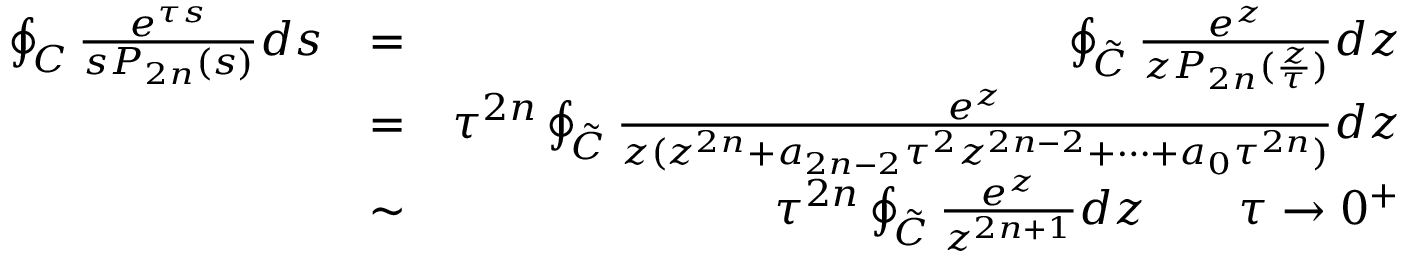
\begin{array} { r l r } { \oint _ { \cal C } \frac { e ^ { \tau s } } { s P _ { 2 n } ( s ) } d s } & { = } & { \oint _ { \cal \tilde { C } } \frac { e ^ { z } } { z P _ { 2 n } ( \frac { z } { \tau } ) } d z } \\ & { = } & { \tau ^ { 2 n } \oint _ { \cal \tilde { C } } \frac { e ^ { z } } { z ( z ^ { 2 n } + a _ { 2 n - 2 } \tau ^ { 2 } z ^ { 2 n - 2 } + \cdots + a _ { 0 } \tau ^ { 2 n } ) } d z } \\ & { \sim } & { \tau ^ { 2 n } \oint _ { \cal \tilde { C } } \frac { e ^ { z } } { z ^ { 2 n + 1 } } d z \qquad \tau \rightarrow 0 ^ { + } } \end{array}